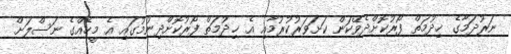
ނަރުދަމާގެ ޚިދުމަތް ފޯރުކޮށްދެވޭކަން ކަށަވަރުކުރުމާއި އެ ޚިދުމަތް ފޯރުކޮށްދިނުމުގައި އެ މީހެއްގެ ނަސްލަށް